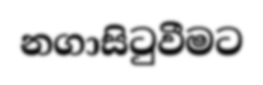
නගාසිටුවීමට